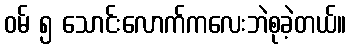
ဝမ် ၅ သောင်းလောက်ကလေးဘဲစုခဲ့တယ်။